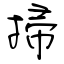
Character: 掃